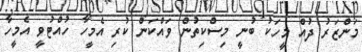
މަންޒަރު ދުއް މީހަކު ބުނީ މިސްކިތުން ވައްކަން ކުރި އެމީހާ ހުއްޓުވީ އެމީހާ